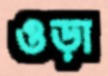
ওড়া